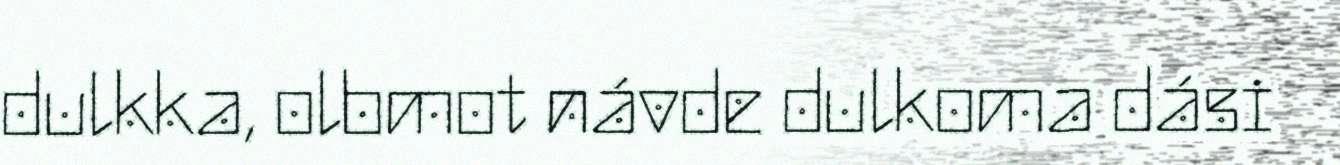
dulkka, olbmot návde dulkoma dási